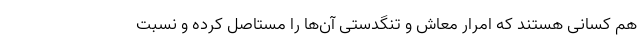
هم کسانی هستند که امرار معاش و تنگدستی آن‌ها را مستاصل کرده و نسبت